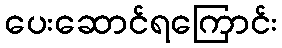
ပေးဆောင်ရကြောင်း